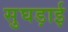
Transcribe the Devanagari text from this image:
सुघड़ाई